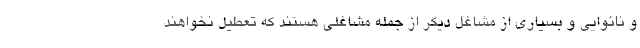
و نانوایی و بسیاری از مشاغل دیگر از جمله مشاغلی هستند که تعطیل نخواهند